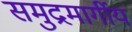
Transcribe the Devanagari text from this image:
समुद्रमार्गीय